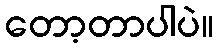
တော့တာပါပဲ။